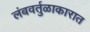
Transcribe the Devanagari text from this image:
लंबवर्तुळाकारात